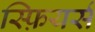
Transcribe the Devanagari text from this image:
स्फ़ियर्स